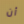
أن